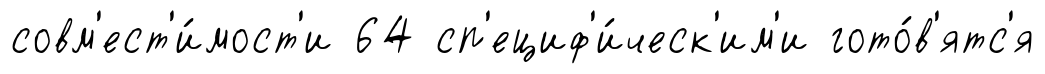
совм'ест'и́мост'и 64 сп'ециф'и́ческ'им'и гото́в'ятс'я